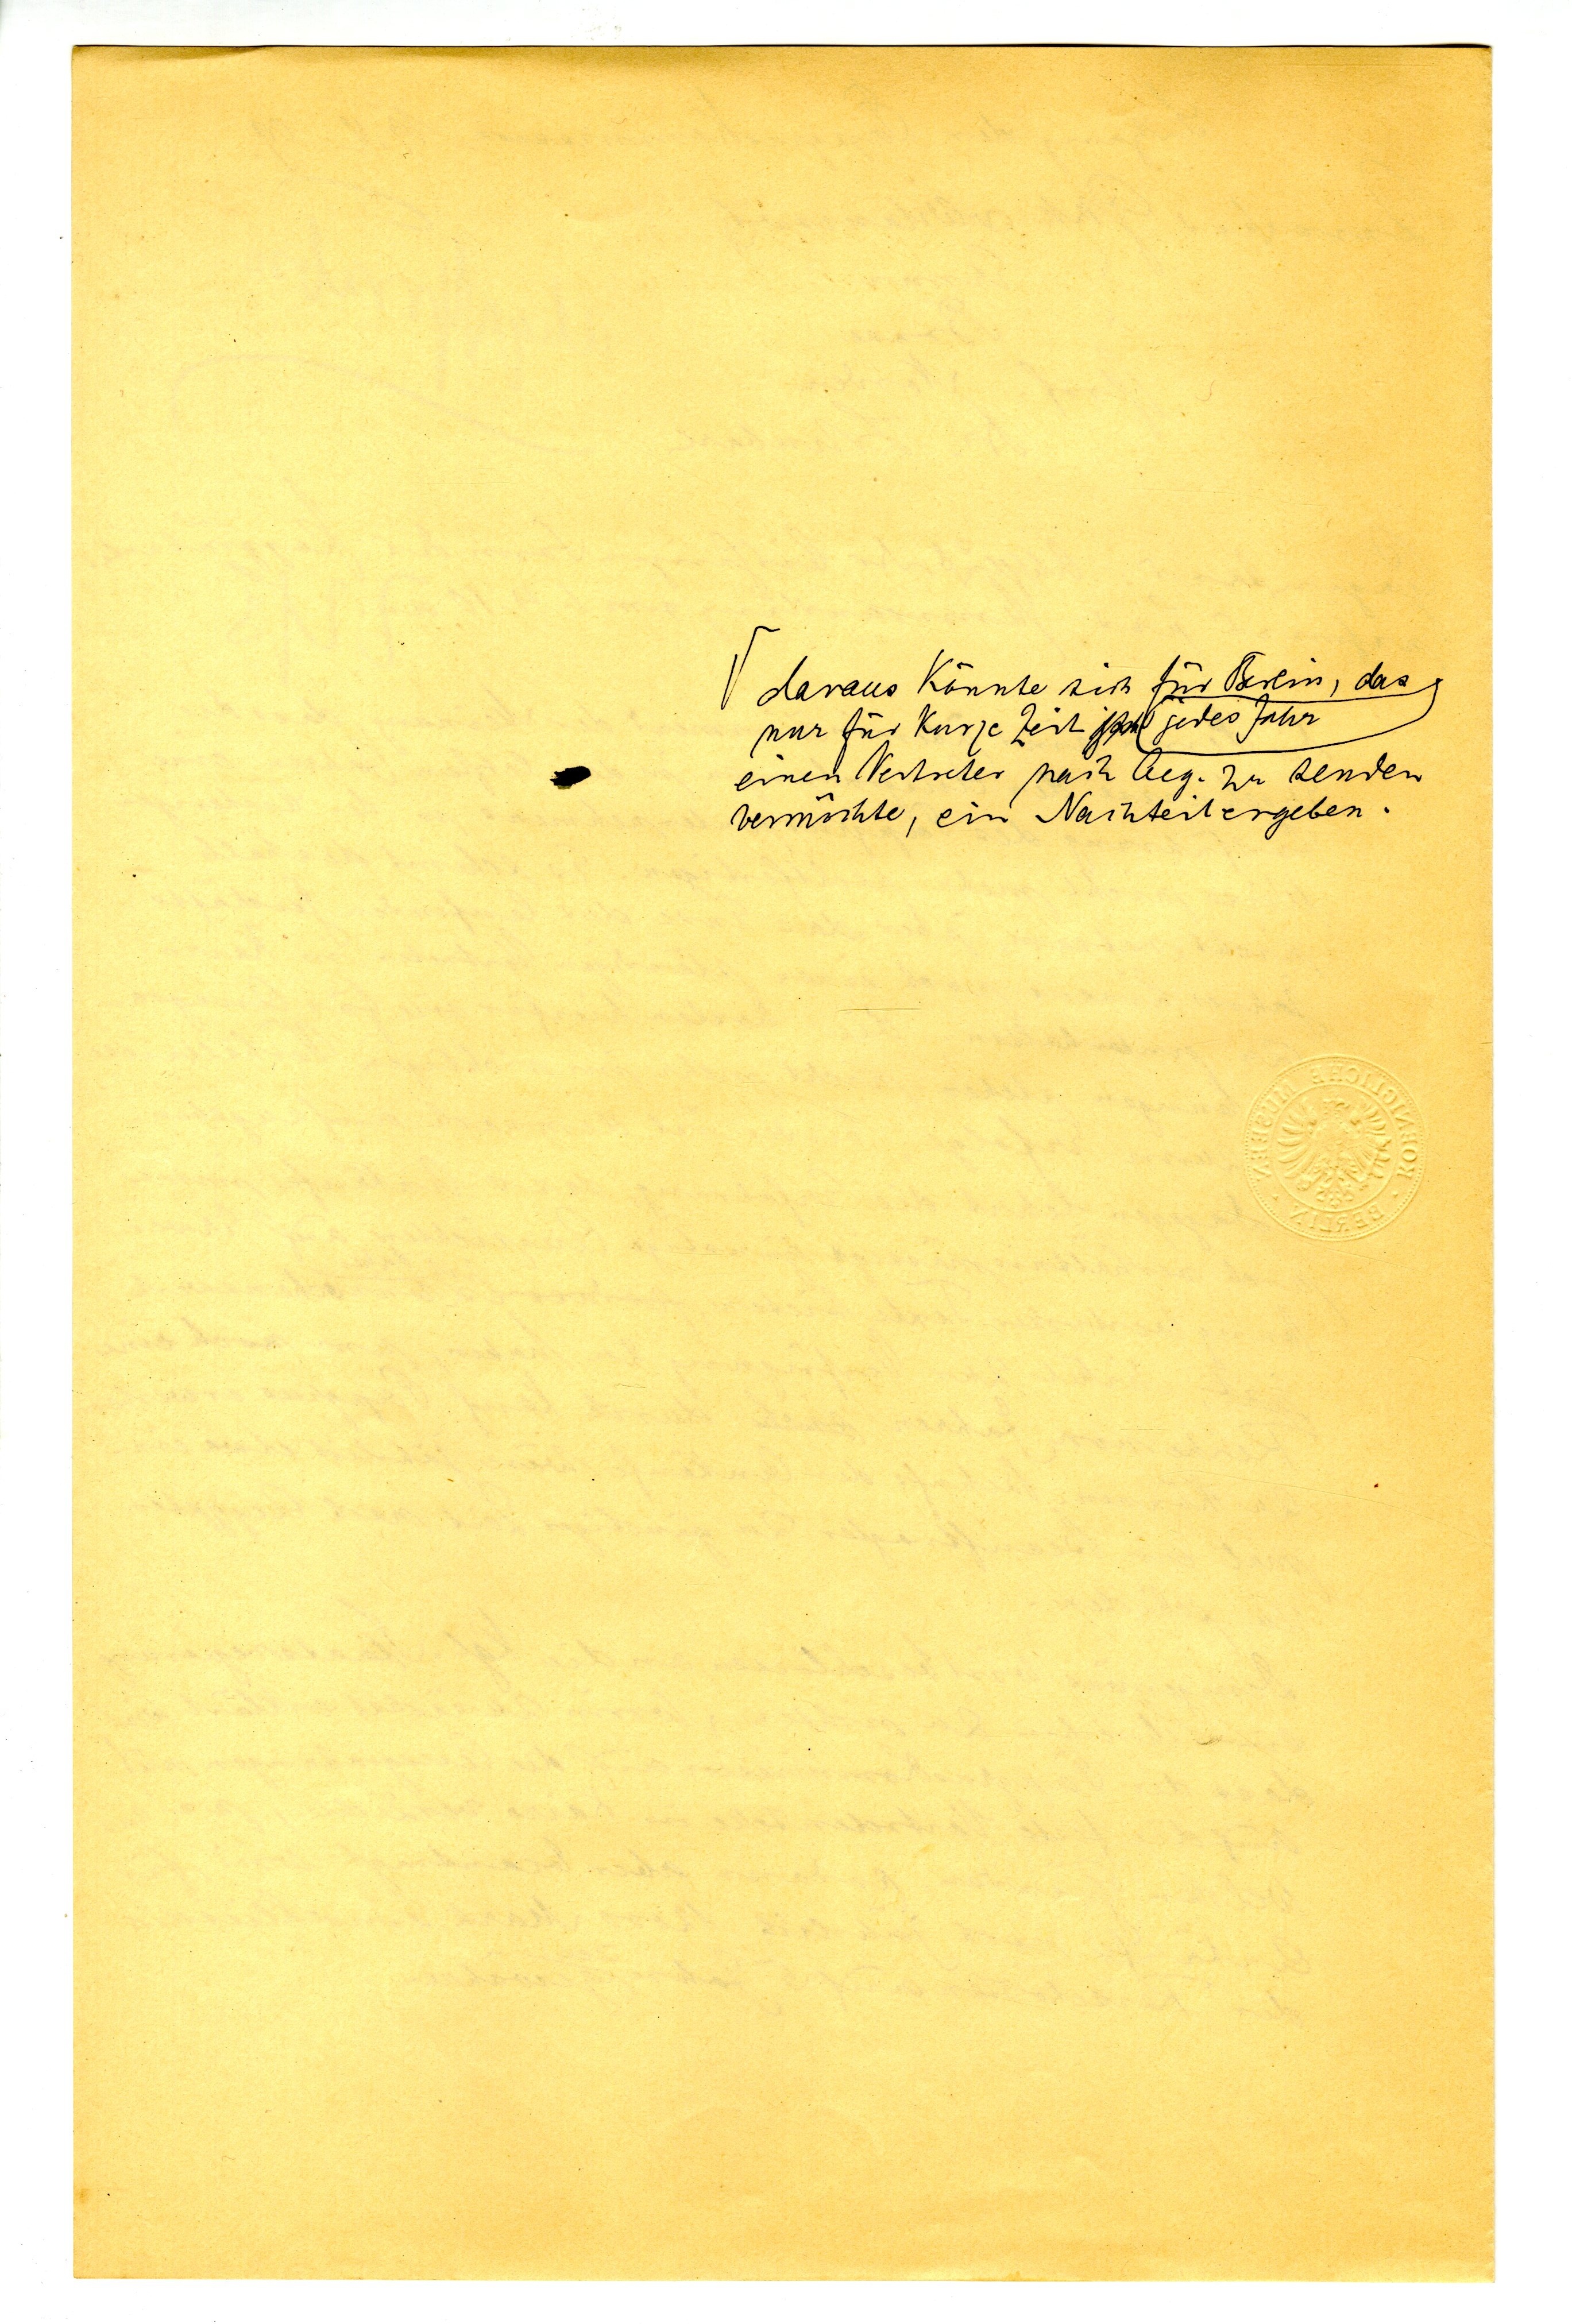
daraus könnte sich für Berlin, das
nur für kurz Zeit jedes Jahr
einen Vertreter nach Aeg. zu senden
vermochte, ein Nachteil ergeben.